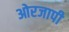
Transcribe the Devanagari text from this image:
ओरजापी